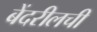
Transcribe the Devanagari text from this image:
बेंदरीलची